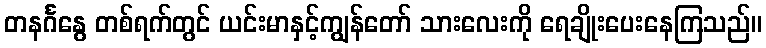
တနင်္ဂနွေ တစ်ရက်တွင် ယင်းမာနှင့်ကျွန်တော် သားလေးကို ရေချိုးပေးနေကြသည်။